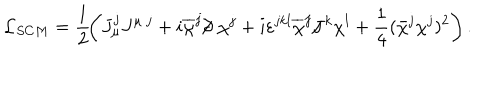
{ \cal L } _ { S C M } = \frac 1 2 \! \left( J _ { \mu } ^ { j } J ^ { \mu ~ j } + i \overline { { { \chi } } } ^ { j } / \kern - . 5 e m \partial ~ \chi ^ { j } + i \varepsilon ^ { j k l } \overline { { { \chi } } } ^ { j } / \kern - . 5 e m J ^ { k } \chi ^ { l } + \frac 1 4 ( \bar { \chi } ^ { j } \chi ^ { j } ) ^ { 2 } \right) .